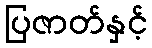
ပြဇာတ်နှင့်